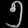
Digit: ၅